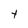
Character: t